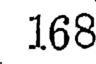
168